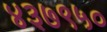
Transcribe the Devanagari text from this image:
४३७९५०